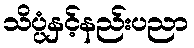
သိပ္ပံနှင့်နည်းပညာ